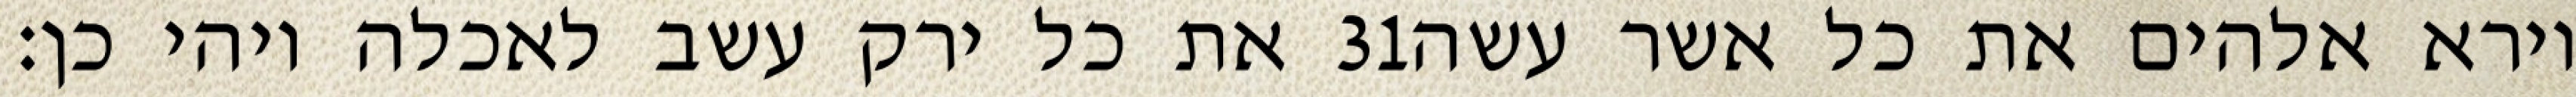
את כל ירק עשב לאכלה ויהי כן׃ ‎31‏ וירא אלהים את כל אשר עשה